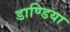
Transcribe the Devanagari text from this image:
डाण्डिया